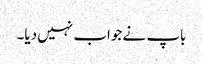
باپ نے جواب نہیں دیا۔